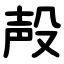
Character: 殸